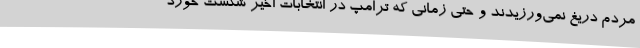
مردم دریغ نمی‌ورزیدند و حتی زمانی که ترامپ در انتخابات اخیر شکست خورد